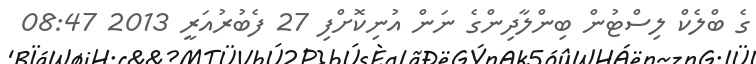
ގެ ބްލެކް ލިސްޓުން ބިންލާދިންގެ ނަން އުނިކޮށްފި 27 ފެބުރުއަރީ 2013 08:47